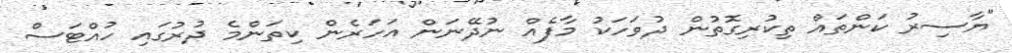
"ޔާސިރު ކަންތައް ތިކުރިގޮތުން ދުވަހަކު މާފެއް ނުދޭނަން އަހަރެން ކިތަންމެ ދުރުގައި ހުއްޓަސް